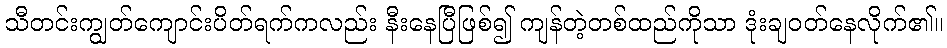
သီတင်းကျွတ်ကျောင်းပိတ်ရက်ကလည်း နီးနေပြီဖြစ်၍ ကျန်တဲ့တစ်ထည်ကိုသာ ဒုံးချဝတ်နေလိုက်၏။